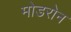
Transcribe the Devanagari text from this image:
मोडरोन